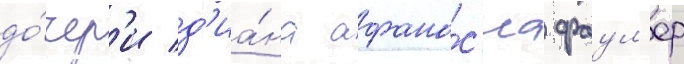
до́чер'и д'иа́на афана́с'иа фаул'ер